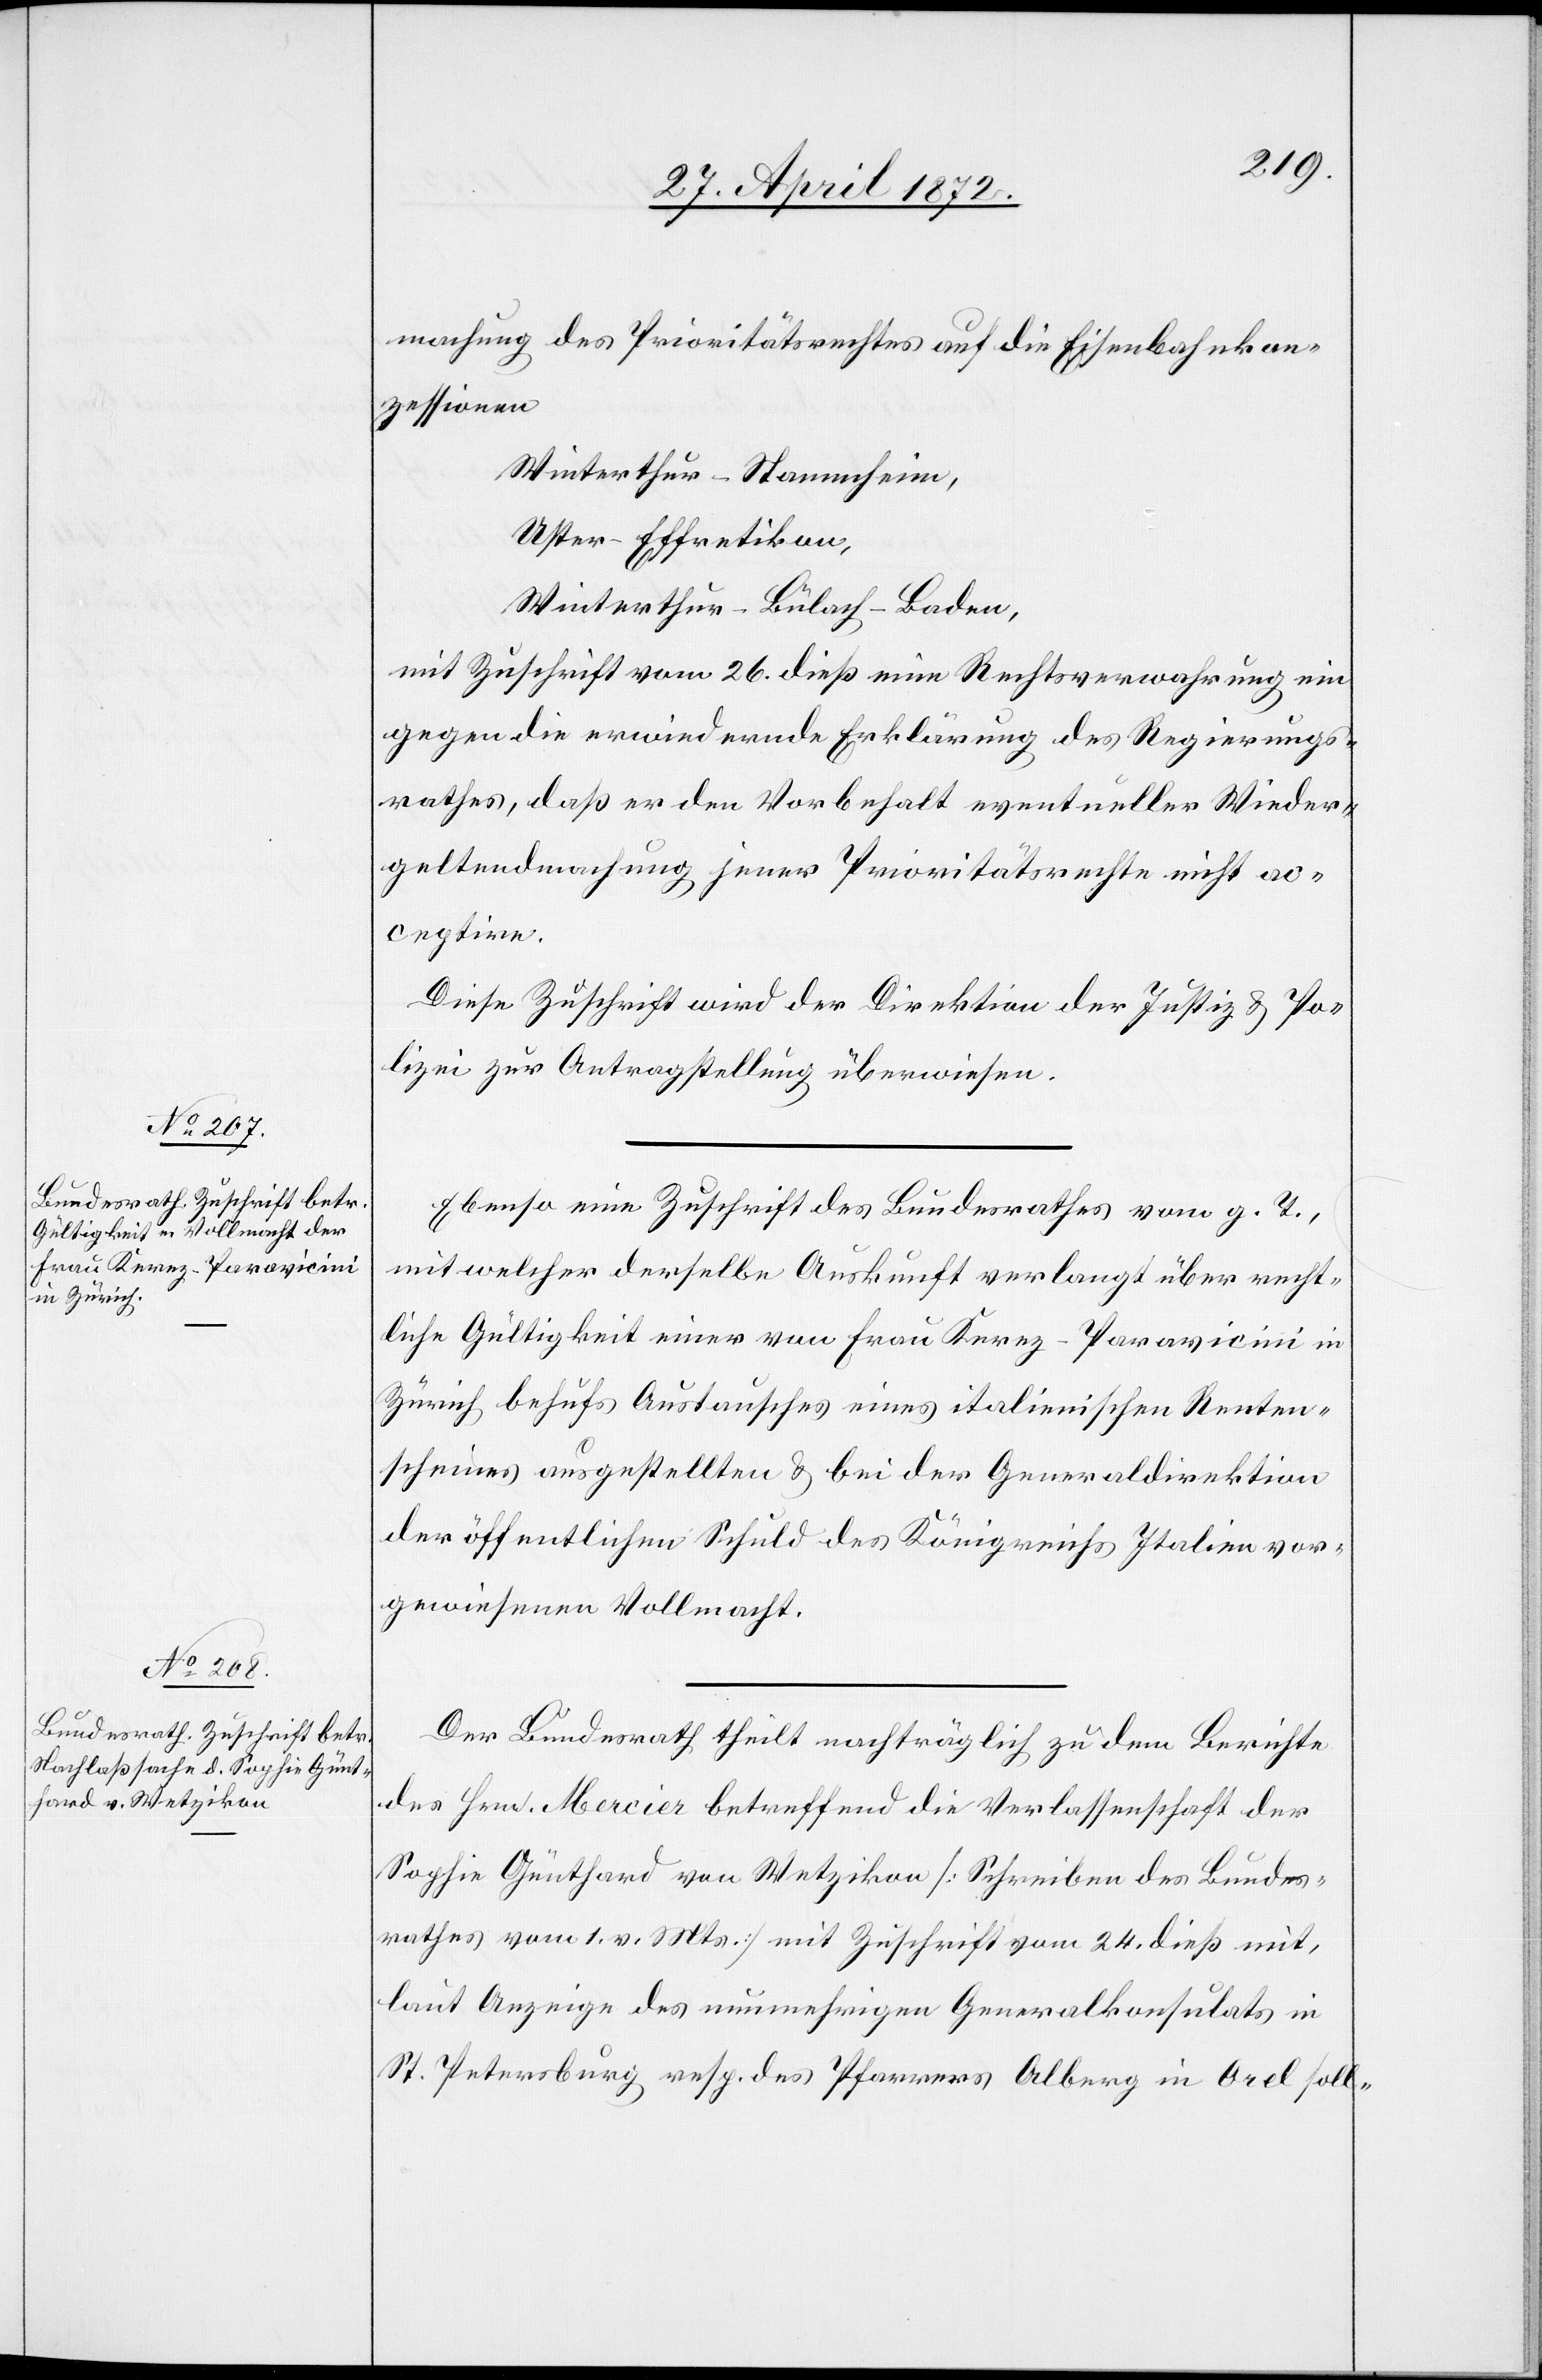
27. April 1872.]
machung des Prioritätsrechtes auf die Eisenbahnkon¬
zessionen
Winterthur–Stammheim,
Uster–Effretikon,
Winterthur–Bülach–Baden,
mit Zuschrift vom 26. dieß eine Rechtsverwahrung ein
gegen die erwiedernde Erklärung des Regierungs¬
rathes, daß er den Vorbehalt eventueller Wieder¬
geltendmachung jener Prioritätsrechte nicht ac¬
ceptire.
Diese Zuschrift wird der Direktion der Justiz u. Po¬
lizei zur Antragstellung überwiesen.
Ebenso eine Zuschrift des Bundesrathes vom g. T.,
mit welcher derselbe Auskunft verlangt über recht¬
liche Gültigkeit einer von Frau Kerez-Paravicini in
Zürich behufs Austausches eines italienischen Renten¬
scheines ausgestellten u. bei der Generaldirektion
der öffentlichen Schuld des Königreichs Italien vor¬
gewiesenen Vollmacht.
Der Bundesrath theilt nachträglich zu dem Berichte
des Hrn. Mercier betreffend die Verlassenschaft der
Sophie Günthard von Wetzikon [Schreiben des Bundes¬
rathes vom 1. v. Mts.] mit Zuschrift vom 24. dieß mit,
laut Anzeige des nunmehrigen Generalkonsulats in
St. Petersburg resp. des Pfarrers Alberg in Orel soll-